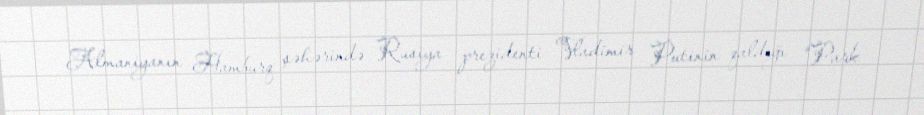
Almaniyanın Hamburq şəhərində Rusiya prezidenti Vladimir Putinin qaldığı “Park